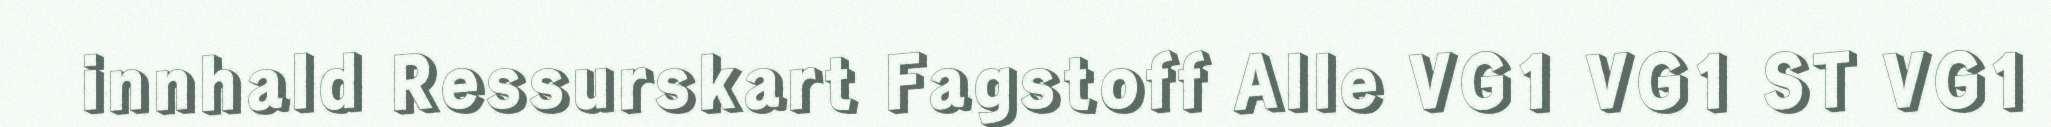
innhald Ressurskart Fagstoff Alle VG1 VG1 ST VG1